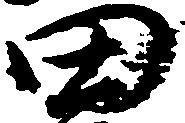
田